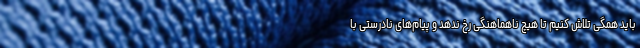
باید همگی تلاش کنیم تا هیچ ناهماهنگی رخ ندهد و پیام‌های نادرستی با